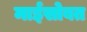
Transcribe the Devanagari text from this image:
माईसोबत